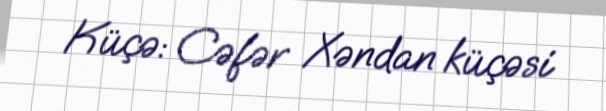
Küçə: Cəfər Xəndan küçəsi